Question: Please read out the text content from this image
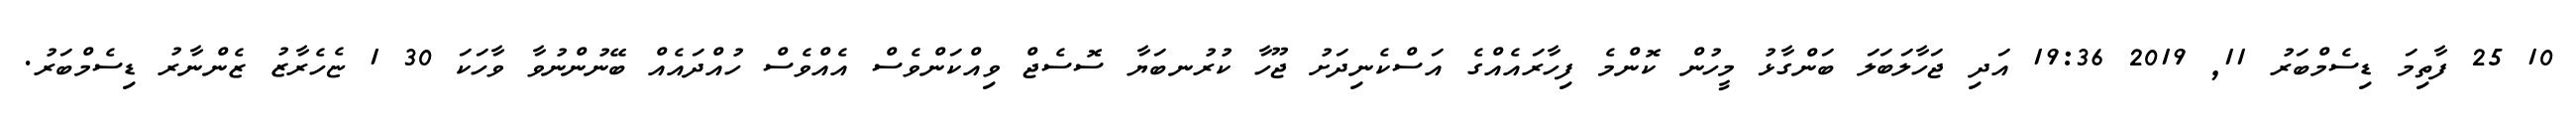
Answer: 10 25 ފާތިމަ ޑިސެމްބަރު 11, 2019 19:36 އަދި ޖަހާލަބަލަ ބަންގާޅު މީހުން ކޮންމެ ފިހާރައެއްގެ އަސްކެނިދަށު ޖޫހާ ކުރުނބަޔާ ސޮސެޖް ވިއްކަންވެސް އެއްވެސް ހުއްދައެއް ބޭނުންނުވާ ވާހަކަ 30 1 ޏެހެރާޒު ޒެންނާރު ޑިސެމްބަރު.